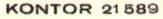
KONTOR 21 589